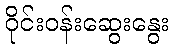
ဝိုင်းဝန်းဆွေးနွေး